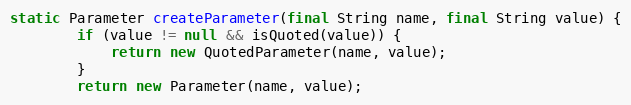
Language: Java
static Parameter createParameter(final String name, final String value) {
        if (value != null && isQuoted(value)) {
            return new QuotedParameter(name, value);
        }
        return new Parameter(name, value);